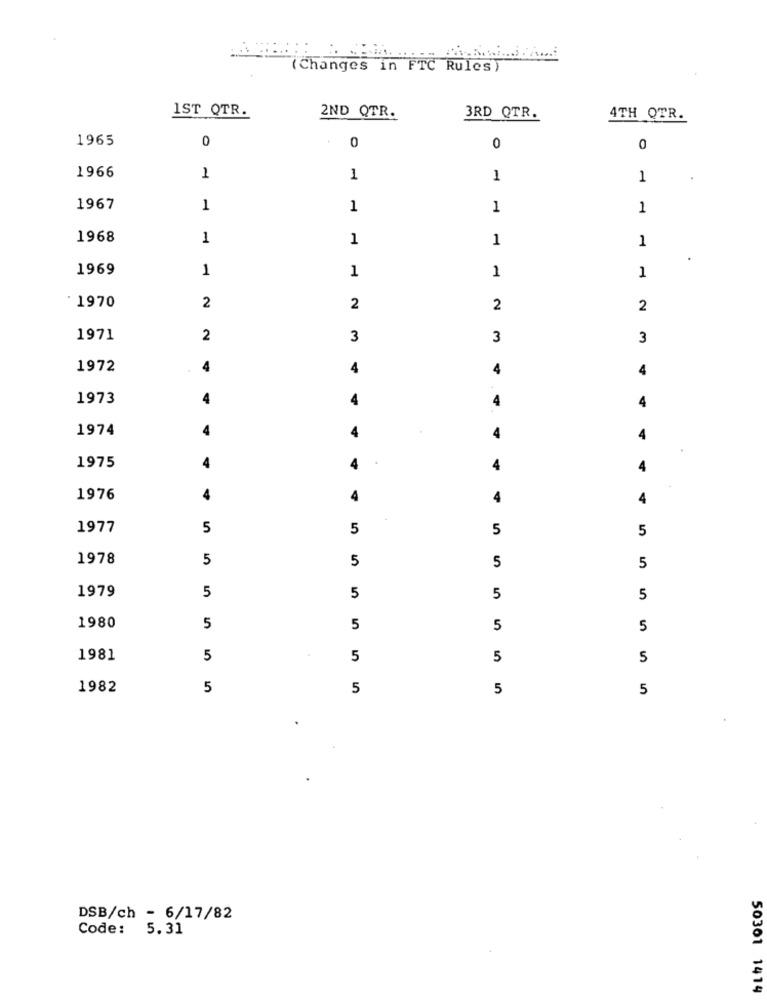
(Changes in FTC Rules )
IST QTR.
2ND QTR.
3RD QTR.
4TH QTR.
1965
0
0
0
0
1966
1
1
1
1
1967
1
1
1
1
1968
1
1
1
1
1969
1
1
1
1
1970
2
2
2
2
1971
2
3
3
3
1972
4
4
4
1973
4
4
4
1974
4
4
4
1975
4
4
4
1976
4
4
4
1977
5
5
5
5
1978
5
5
5
5
1979
5
5
5
5
1980
5
5
5
5
1981
5
5
5
5
1982
5
5
5
5
DSB/ch - 6/17/82
Code:
5.31
50301 1414